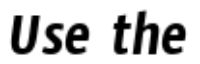
Use the